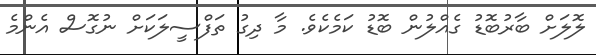
ލޮލަށް ބާރުބޮޑު ގެއްލުން ބޮޑު ކަމެކެވެ. މާ ދިގު ތަފްސީލަކަށް ނުގޮސް އެންމެ